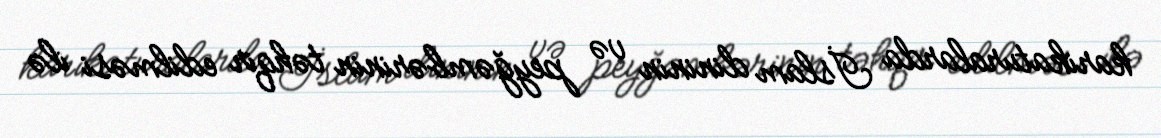
karikaturalarda İslam dininin və peyğəmbərinin təhqir edilməsi ilə